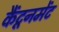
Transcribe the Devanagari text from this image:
कैंटूनमेंट